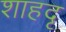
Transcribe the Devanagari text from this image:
शाहदृ